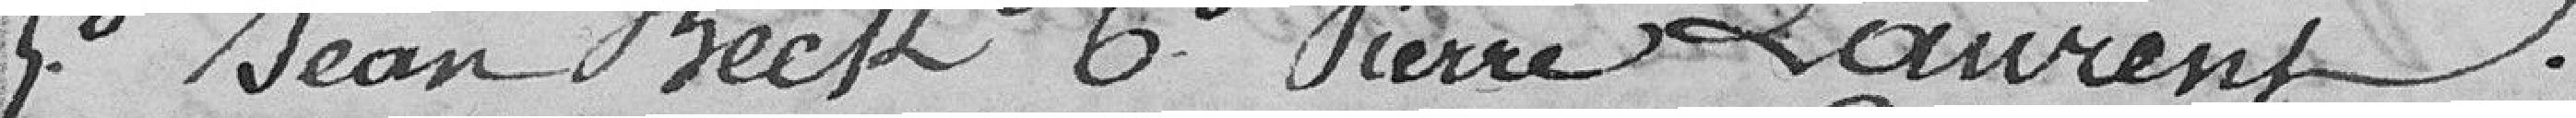
5° Jean Beck ; 6° Pierre Laurent.